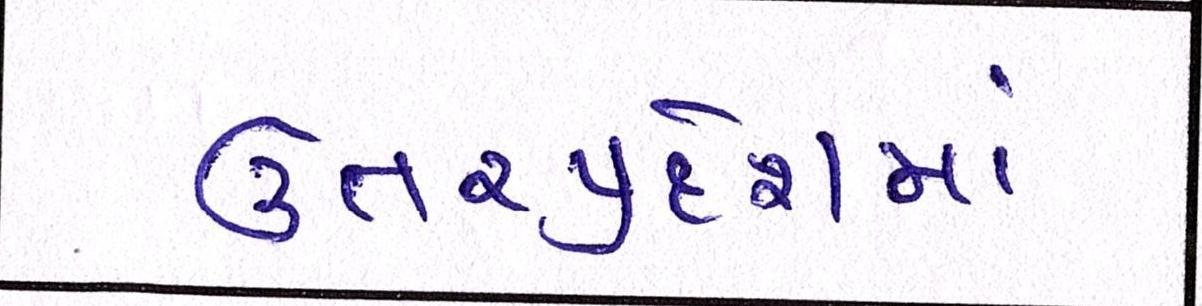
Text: ઉત્તરપ્રદેશમાં